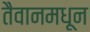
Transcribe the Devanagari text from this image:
तैवानमधून